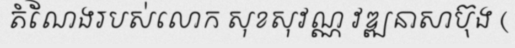
តំណែងរបស់លោក សុខសុវណ្ណ វឌ្ឍនាសាប៊ុង (